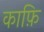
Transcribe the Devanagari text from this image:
काफ़ि